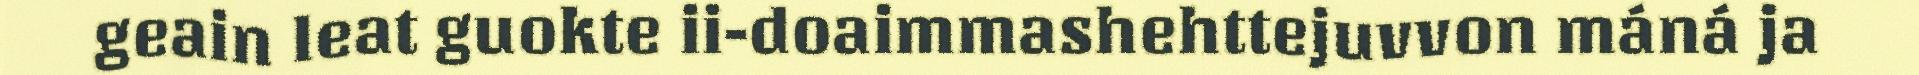
geain leat guokte ii-doaimmashehttejuvvon máná ja